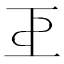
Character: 𢀓